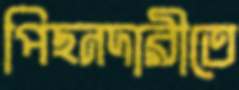
পিছনদারীতে